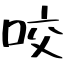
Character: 咬